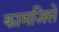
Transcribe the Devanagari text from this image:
कामजिसे